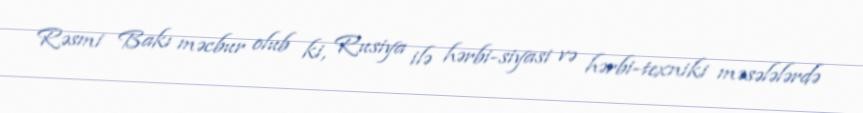
Rəsmi Bakı məcbur olub ki, Rusiya ilə hərbi-siyasi və hərbi-texniki məsələlərdə